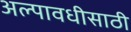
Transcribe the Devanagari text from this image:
अल्पावधीसाठी